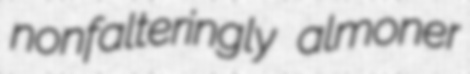
nonfalteringly almoner